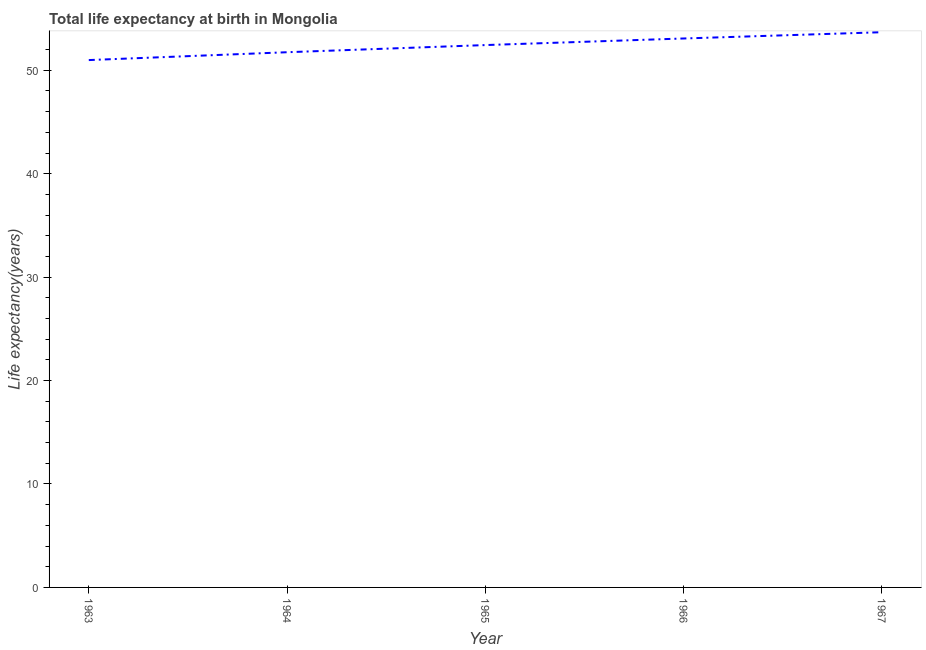
| Year | Life expectancy at birth |
 | --- | --- |
 | 1963 | 51 |
 | 1964 | 51.7 |
 | 1965 | 52.4 |
 | 1966 | 53.1 |
 | 1967 | 53.7 |